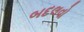
બદલવો